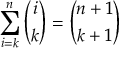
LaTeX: \sum _ { i = k } ^ { n } { \binom { i } { k } } = { \binom { n + 1 } { k + 1 } }